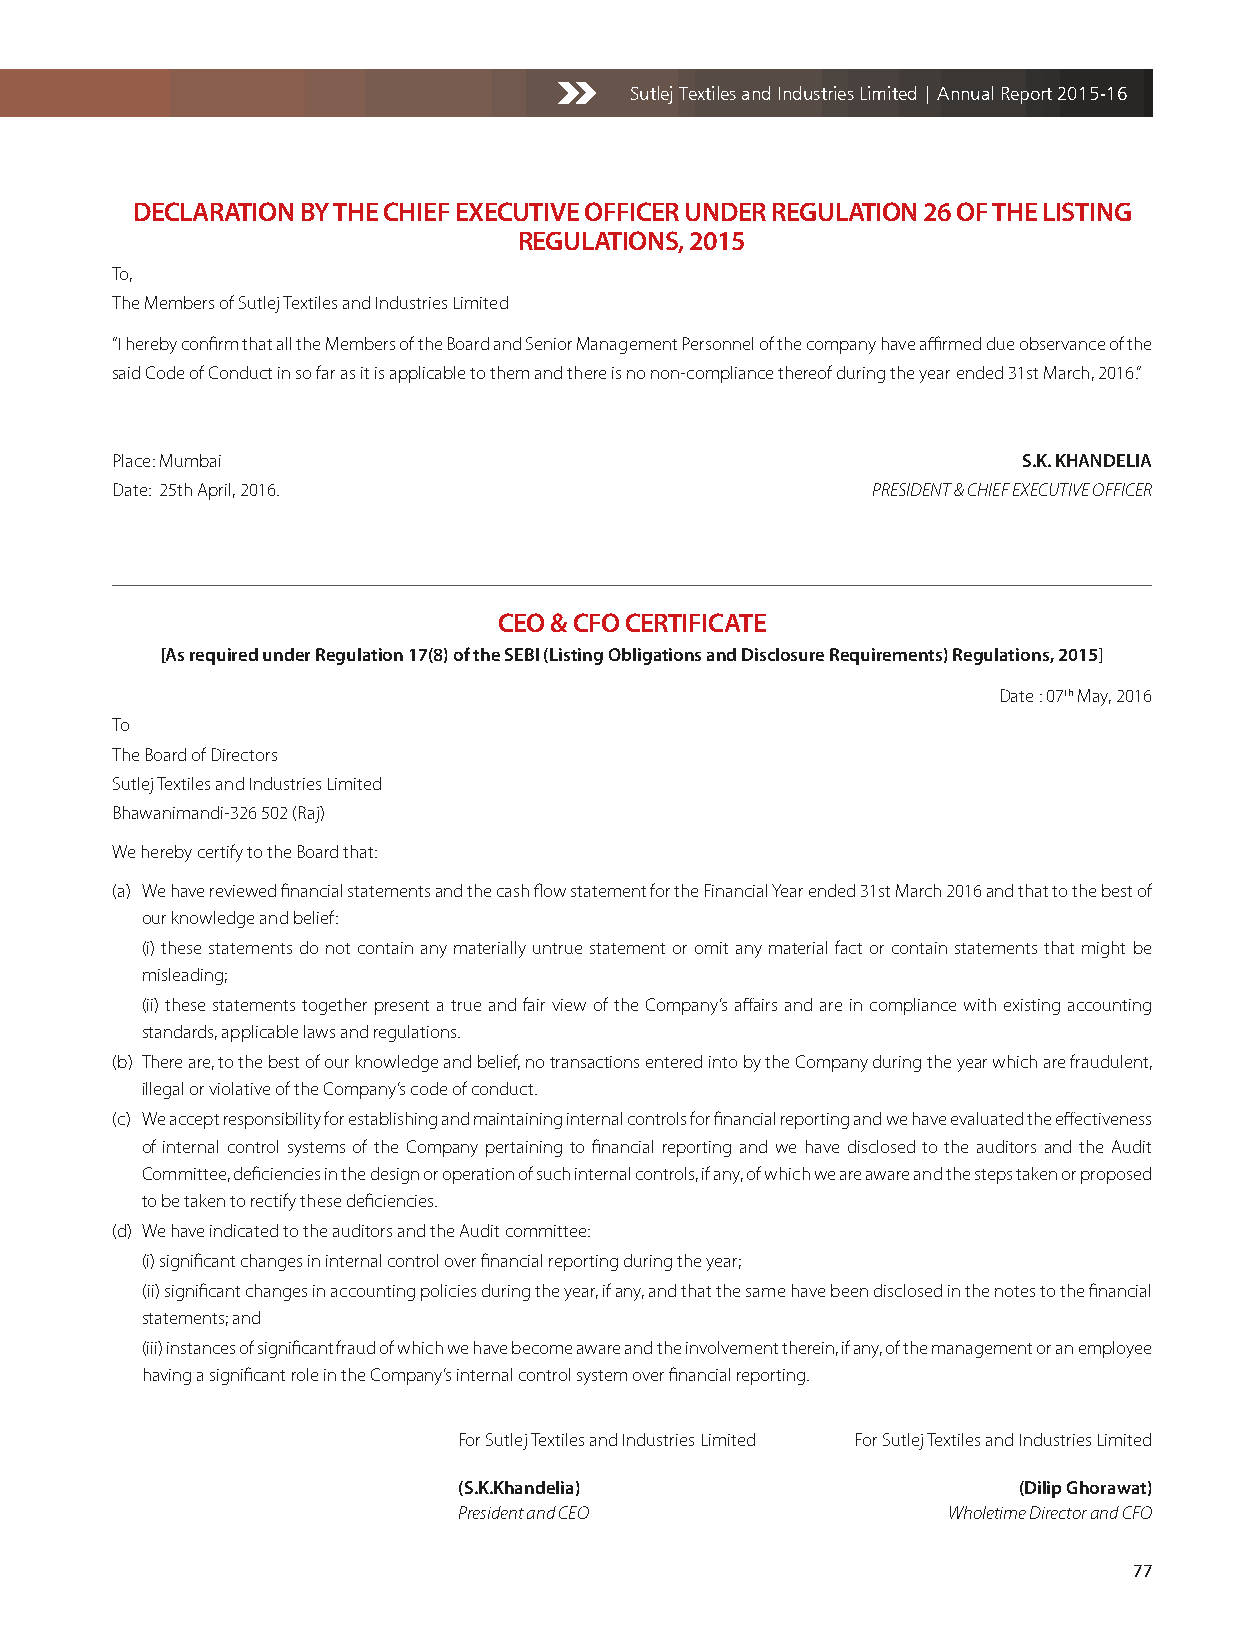
Sutlej Textiles and Industries Limited | Annual Report 2015-16
 DECLARATION BY THE CHIEF EXECUTIVE OFFICER UNDER REGULATION 26 OF THE LISTING
 REGULATIONS, 2015
 To,
 The Members of Sutlej Textiles and Industries Limited
 “I hereby confirm that all the Members of the Board and Senior Management Personnel of the company have affirmed due observance of the
 said Code of Conduct in so far as it is applicable to them and there is no non-compliance thereof during the year ended 31st March, 2016.”
 Place: Mumbai                                                S.K. KHANDELIA
 Date: 25th April, 2016.                            PRESIDENT & CHIEF EXECUTIVE OFFICER
 CEO & CFO CERTIFICATE
 [As required under Regulation 17(8) of the SEBI (Listing Obligations and Disclosure Requirements) Regulations, 2015]
 Date : 07th May, 2016
 To
 The Board of Directors
 Sutlej Textiles and Industries Limited
 Bhawanimandi-326 502 (Raj)
 We hereby certify to the Board that:
 (a) We have reviewed financial statements and the cash flow statement for the Financial Year ended 31st March 2016 and that to the best of
 our knowledge and belief:
 (i) these statements do not contain any materially untrue statement or omit any material fact or contain statements that might be
 misleading;
 (ii) these statements together present a true and fair view of the Company’s affairs and are in compliance with existing accounting
 standards, applicable laws and regulations.
 (b) There are, to the best of our knowledge and belief, no transactions entered into by the Company during the year which are fraudulent,
 illegal or violative of the Company’s code of conduct.
 (c) We accept responsibility for establishing and maintaining internal controls for financial reporting and we have evaluated the effectiveness
 of internal control systems of the Company pertaining to financial reporting and we have disclosed to the auditors and the Audit
 Committee, deficiencies in the design or operation of such internal controls, if any, of which we are aware and the steps taken or proposed
 to be taken to rectify these deficiencies.
 (d) We have indicated to the auditors and the Audit committee:
 (i) significant changes in internal control over financial reporting during the year;
 (ii) significant changes in accounting policies during the year, if any, and that the same have been disclosed in the notes to the financial
 statements; and
 (iii) instances of significant fraud of which we have become aware and the involvement therein, if any, of the management or an employee
 having a significant role in the Company’s internal control system over financial reporting.
 For Sutlej Textiles and Industries Limited For Sutlej Textiles and Industries Limited
 (S.K.Khandelia)                      (Dilip Ghorawat)
 President and CEO                Wholetime Director and CFO
 77